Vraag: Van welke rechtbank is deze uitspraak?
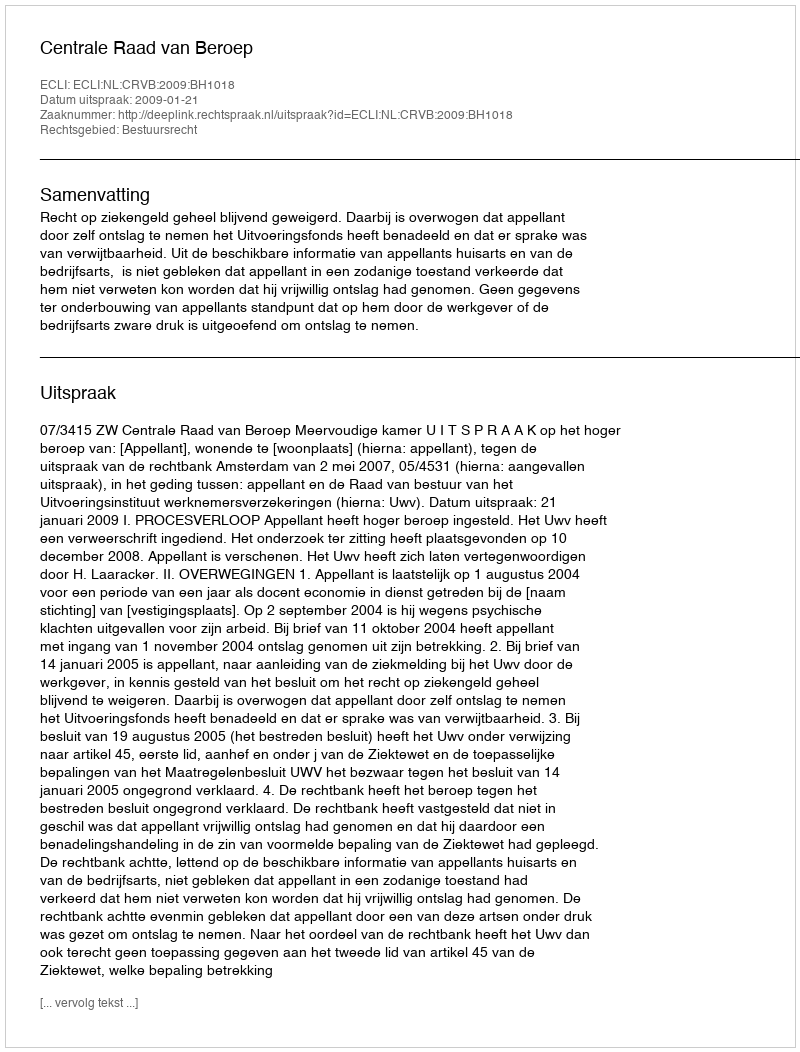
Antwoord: Centrale Raad van Beroep